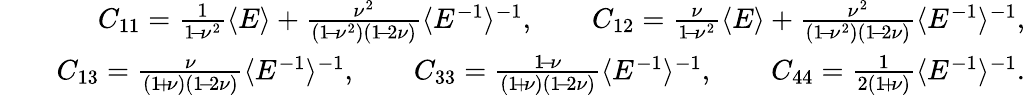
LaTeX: \begin{array}{rlr}&{}&{C_{11}=\frac{1}{1\! -\! \nu^{2}}\langle E\rangle+\frac{\nu^{2}}{(1\! -\! \nu^{2})(1\! -\! 2\nu)}\langle E^{-1}\rangle^{-1},\qquad C_{12}=\frac{\nu}{1\! -\! \nu^{2}}\langle E\rangle+\frac{\nu^{2}}{(1\! -\! \nu^{2})(1\! -\! 2\nu)}\langle E^{-1}\rangle^{-1},}\\ &{}&{C_{13}=\frac{\nu}{(1\! +\! \nu)(1\! -\! 2\nu)}\langle E^{-1}\rangle^{-1},\qquad C_{33}=\frac{1\! -\! \nu}{(1\! +\! \nu)(1\! -\! 2\nu)}\langle E^{-1}\rangle^{-1},\qquad C_{44}=\frac{1}{2(1\! +\! \nu)}\langle E^{-1}\rangle^{-1}.}\end{array}